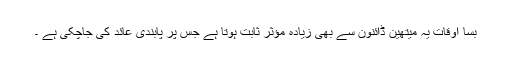
بسا اوقات یہ میتھین ڈائنون سے بھی زیادہ مؤثر ثابت ہوتا ہے جس پر پابندی عائد کی جاچکی ہے ۔